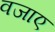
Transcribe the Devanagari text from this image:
वजाए